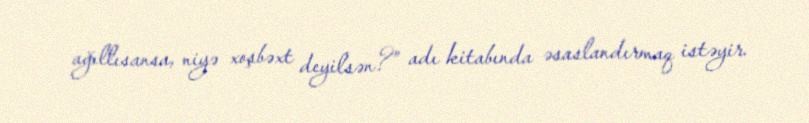
ağıllısansa, niyə xoşbəxt deyilsən?” adı kitabında əsaslandırmaq istəyir.